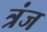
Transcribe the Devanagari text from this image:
त्रंज